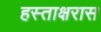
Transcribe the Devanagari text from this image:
हस्ताक्षरास